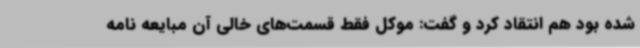
شده بود هم انتقاد کرد و گفت: موکل فقط قسمت‌های خالی آن مبایعه نامه